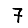
Digit: 7